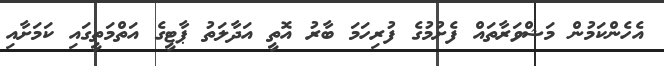
އެހެންކަމުން މަޝްވަރާތައް ފެށުމުގެ ފުރިހަމަ ބާރު އޮތީ އަދާލަތު ޕާޓީގެ އަތްމަތީގައި ކަމަށާއި